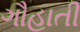
ગૌહાતી